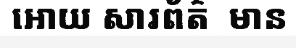
អោយ សារព័ត៌  មាន